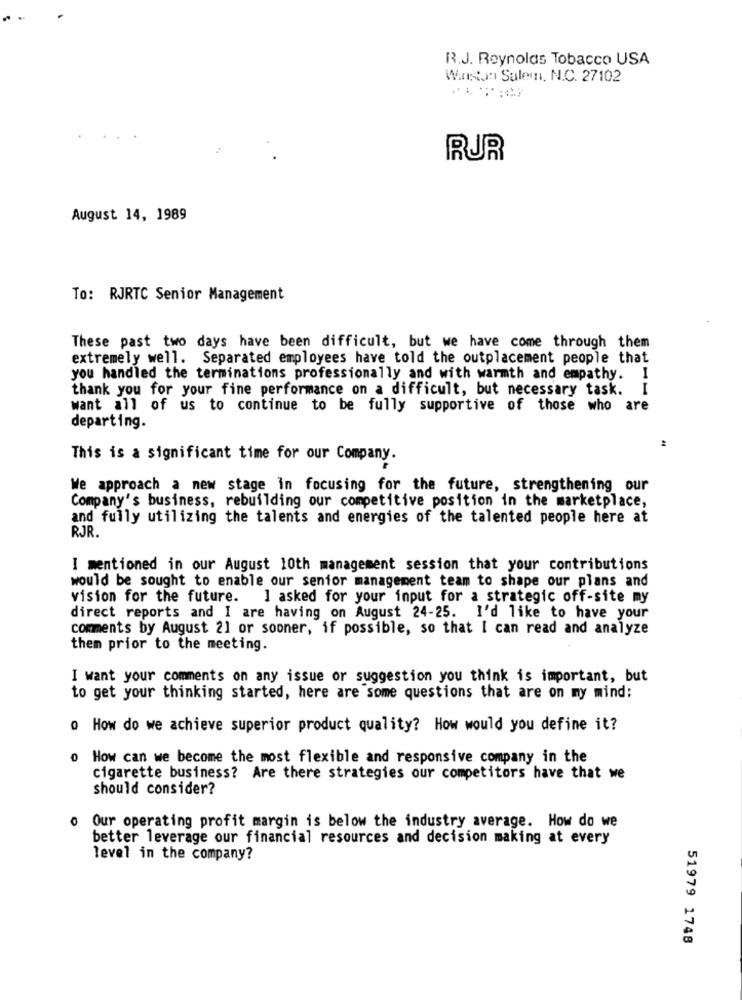
R.J. Reynolds Tobacco USA
Winston Salem, N.C. 27102
RUR
August 14, 1989
To: RJRTC Senior Management
These past two days have been difficult, but we have come through them
extremely well. Separated employees have told the outplacement people that
you handled the terminations professionally and with warmth and empathy. I
thank you for your fine performance on a difficult, but necessary task.
want all of us to continue to be fully supportive of those who are
departing.
This is a significant time for our Company.
We approach a new stage in focusing for the future, strengthening our
Company's business, rebuilding our competitive position in the marketplace,
and fully utilizing the talents and energies of the talented people here at
RJR.
I mentioned in our August 10th management session that your contributions
would be sought to enable our senior management team to shape our plans and
vision for the future. I asked for your input for a strategic off-site my
direct reports and I are having on August 24-25. I'd like to have your
comments by August 21 or sooner, if possible, so that I can read and analyze
them prior to the meeting.
I want your comments on any issue or suggestion you think is important, but
to get your thinking started, here are some questions that are on my mind:
o How do we achieve superior product quality? How would you define it?
0 How can we become the most flexible and responsive company in the
cigarette business? Are there strategies our competitors have that we
should consider?
0
Our operating profit margin is below the industry average. How do we
better leverage our financial resources and decision making at every
level in the company?
51979 1748